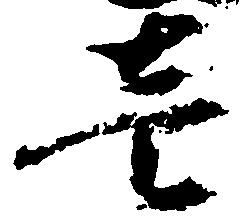
壱